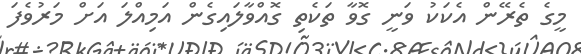
މީގެ ތެރޭން އެކަކު ވަނީ ގޮވާ ތަކެތި ގޮއްވާލައިގެން އަމިއްލަ އަށް މަރުވެފަ